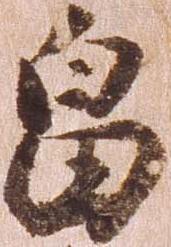
畠